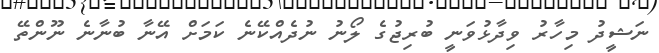
ނަޝީދު މިހާރު ވިދާޅުވަނީ ބުރިޖުގެ ލޯނު ނުދެއްކޭނެ ކަމަށް އޭނާ ބުނާނެ ނޫންތޭ